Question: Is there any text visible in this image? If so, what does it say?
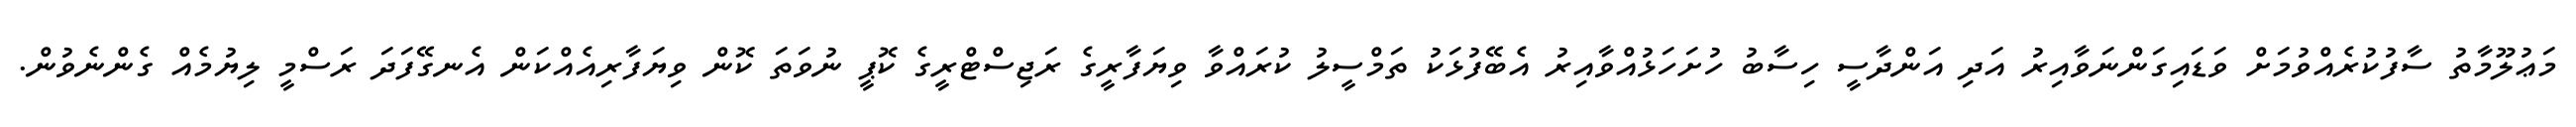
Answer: މަޢުލޫމާތު ސާފުކުރެއްވުމަށް ވަޑައިގަންނަވާއިރު އަދި އަންދާސީ ހިސާބު ހުށަހަޅުއްވާއިރު އެބޭފުޅަކު ތަމްސީލު ކުރައްވާ ވިޔަފާރީގެ ރަޖިސްޓްރީގެ ކޮޕީ ނުވަތަ ކޮން ވިޔަފާރިއެއްކަން އެނގޭފަދަ ރަސްމީ ލިޔުމެއް ގެންނެވުން.